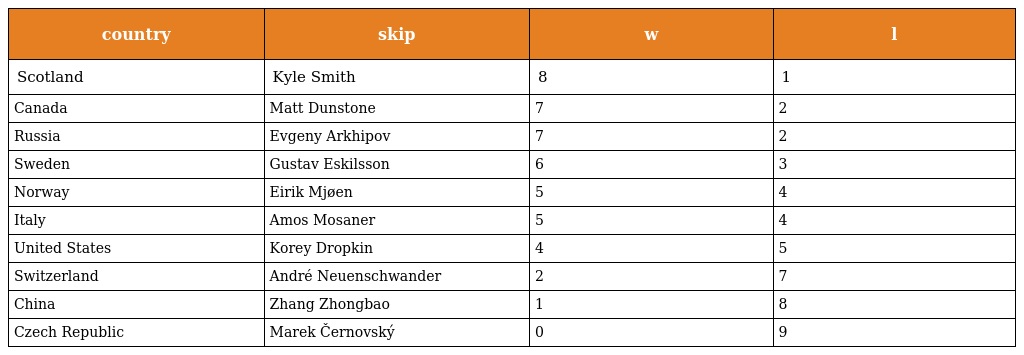
| country | skip | w | l |
 | --- | --- | --- | --- |
 | Scotland | Kyle Smith | 8 | 1 |
 | Canada | Matt Dunstone | 7 | 2 |
 | Russia | Evgeny Arkhipov | 7 | 2 |
 | Sweden | Gustav Eskilsson | 6 | 3 |
 | Norway | Eirik Mjøen | 5 | 4 |
 | Italy | Amos Mosaner | 5 | 4 |
 | United States | Korey Dropkin | 4 | 5 |
 | Switzerland | André Neuenschwander | 2 | 7 |
 | China | Zhang Zhongbao | 1 | 8 |
 | Czech Republic | Marek Černovský | 0 | 9 |